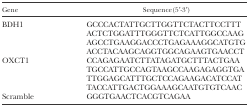
<table><thead><tr><td><b>Gene</b></td><td><b>Sequence(5′-3′)</b></td></tr></thead><tbody><tr><td rowspan="4">BDH1</td><td>GCCCACTATTGCTTGGTTCTACTTCCTTT</td></tr><tr><td>ACTCTGGATTTGGGTTCTCATTGGCCAAG</td></tr><tr><td>AGCCTGAAGGACCCTGAGAAAGGCATGTG</td></tr><tr><td>ACCTACAAGCAGGTGGCAGAAGTGAACCT</td></tr><tr><td rowspan="4">OXCT1</td><td>CCAGAGAATCTTATAGATGCTTTACTGAA</td></tr><tr><td>TGCCATTGCCAGTAAGCCAAGAGAGGTGA</td></tr><tr><td>TTGGAGCATTTGCTCCAGAAGACATCCAT</td></tr><tr><td>TACCATTGACTGGAAAGCAATGTGTCAAC</td></tr><tr><td>Scramble</td><td>GGGTGAACTCACGTCAGAA</td></tr></tbody></table>